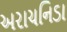
અરાચનિડા